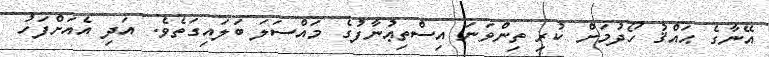
އޭނާގެ ޙައްޤު ހޯދުމަށް ކުރި ތިންވަނަ އިސްތިޢުނާފުގެ މައްސަލަ ބަލައިގަތެވެ. އަދި އެއަށްފަހު